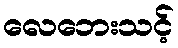
လေဘေးသင့်